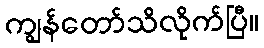
ကျွန်တော်သိလိုက်ပြီ။